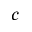
c